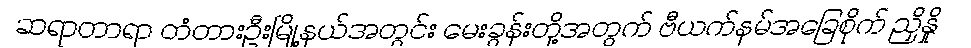
ဆရာတာရာ တံတားဦးမြို့နယ်အတွင်း မေးခွန်းတို့အတွက် ဗီယက်နမ်အခြေစိုက် ညှိနှို